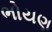
ભોયણ